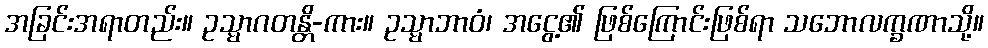
အခြင်းအရာတည်း။ ဥသ္မာဂတန္တိ-ကား။ ဥသ္မာဘာဝံ၊ အငွေ့၏ ဖြစ်ကြောင်းဖြစ်ရာ သဘောလက္ခဏာသို့။